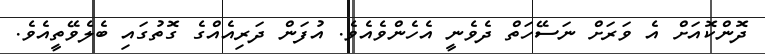
ދޮންކޮއަށް އެ ވަރަށް ނަސޭހަތް ދެވެނީ އެހެންވެއެވެ. އުފަން ދަރިއެއްގެ ގޮތުގައި ބެލެވޭތީއެވެ.